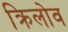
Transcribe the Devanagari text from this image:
क्रिलोव